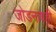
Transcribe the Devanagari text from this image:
जोडनावही